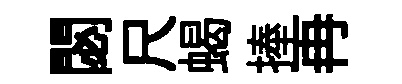
閟尺蝎捧再